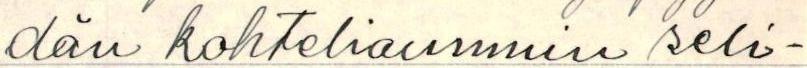
dän kohteliaimmin seli-